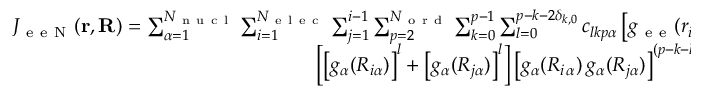
\begin{array} { r } { J _ { \mathrm { ~ e ~ e ~ N ~ } } ( \mathbf { r } , \mathbf { R } ) = \sum _ { \alpha = 1 } ^ { N _ { \mathrm { ~ n ~ u ~ c ~ l ~ } } } \sum _ { i = 1 } ^ { N _ { \mathrm { ~ e ~ l ~ e ~ c ~ } } } \sum _ { j = 1 } ^ { i - 1 } \sum _ { p = 2 } ^ { N _ { \mathrm { ~ o ~ r ~ d ~ } } } \sum _ { k = 0 } ^ { p - 1 } \sum _ { l = 0 } ^ { p - k - 2 \delta _ { k , 0 } } c _ { l k p \alpha } \left[ g _ { \mathrm { ~ e ~ e ~ } } ( { r } _ { i j } ) \right] ^ { k } } \\ { \left[ \left[ g _ { \alpha } ( { R } _ { i \alpha } ) \right] ^ { l } + \left[ g _ { \alpha } ( { R } _ { j \alpha } ) \right] ^ { l } \right] \left[ g _ { \alpha } ( { R } _ { i \, \alpha } ) \, g _ { \alpha } ( { R } _ { j \alpha } ) \right] ^ { ( p - k - l ) / 2 } , } \end{array}